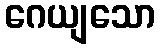
ဂေယျသော